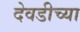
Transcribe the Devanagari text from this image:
देवडीच्या